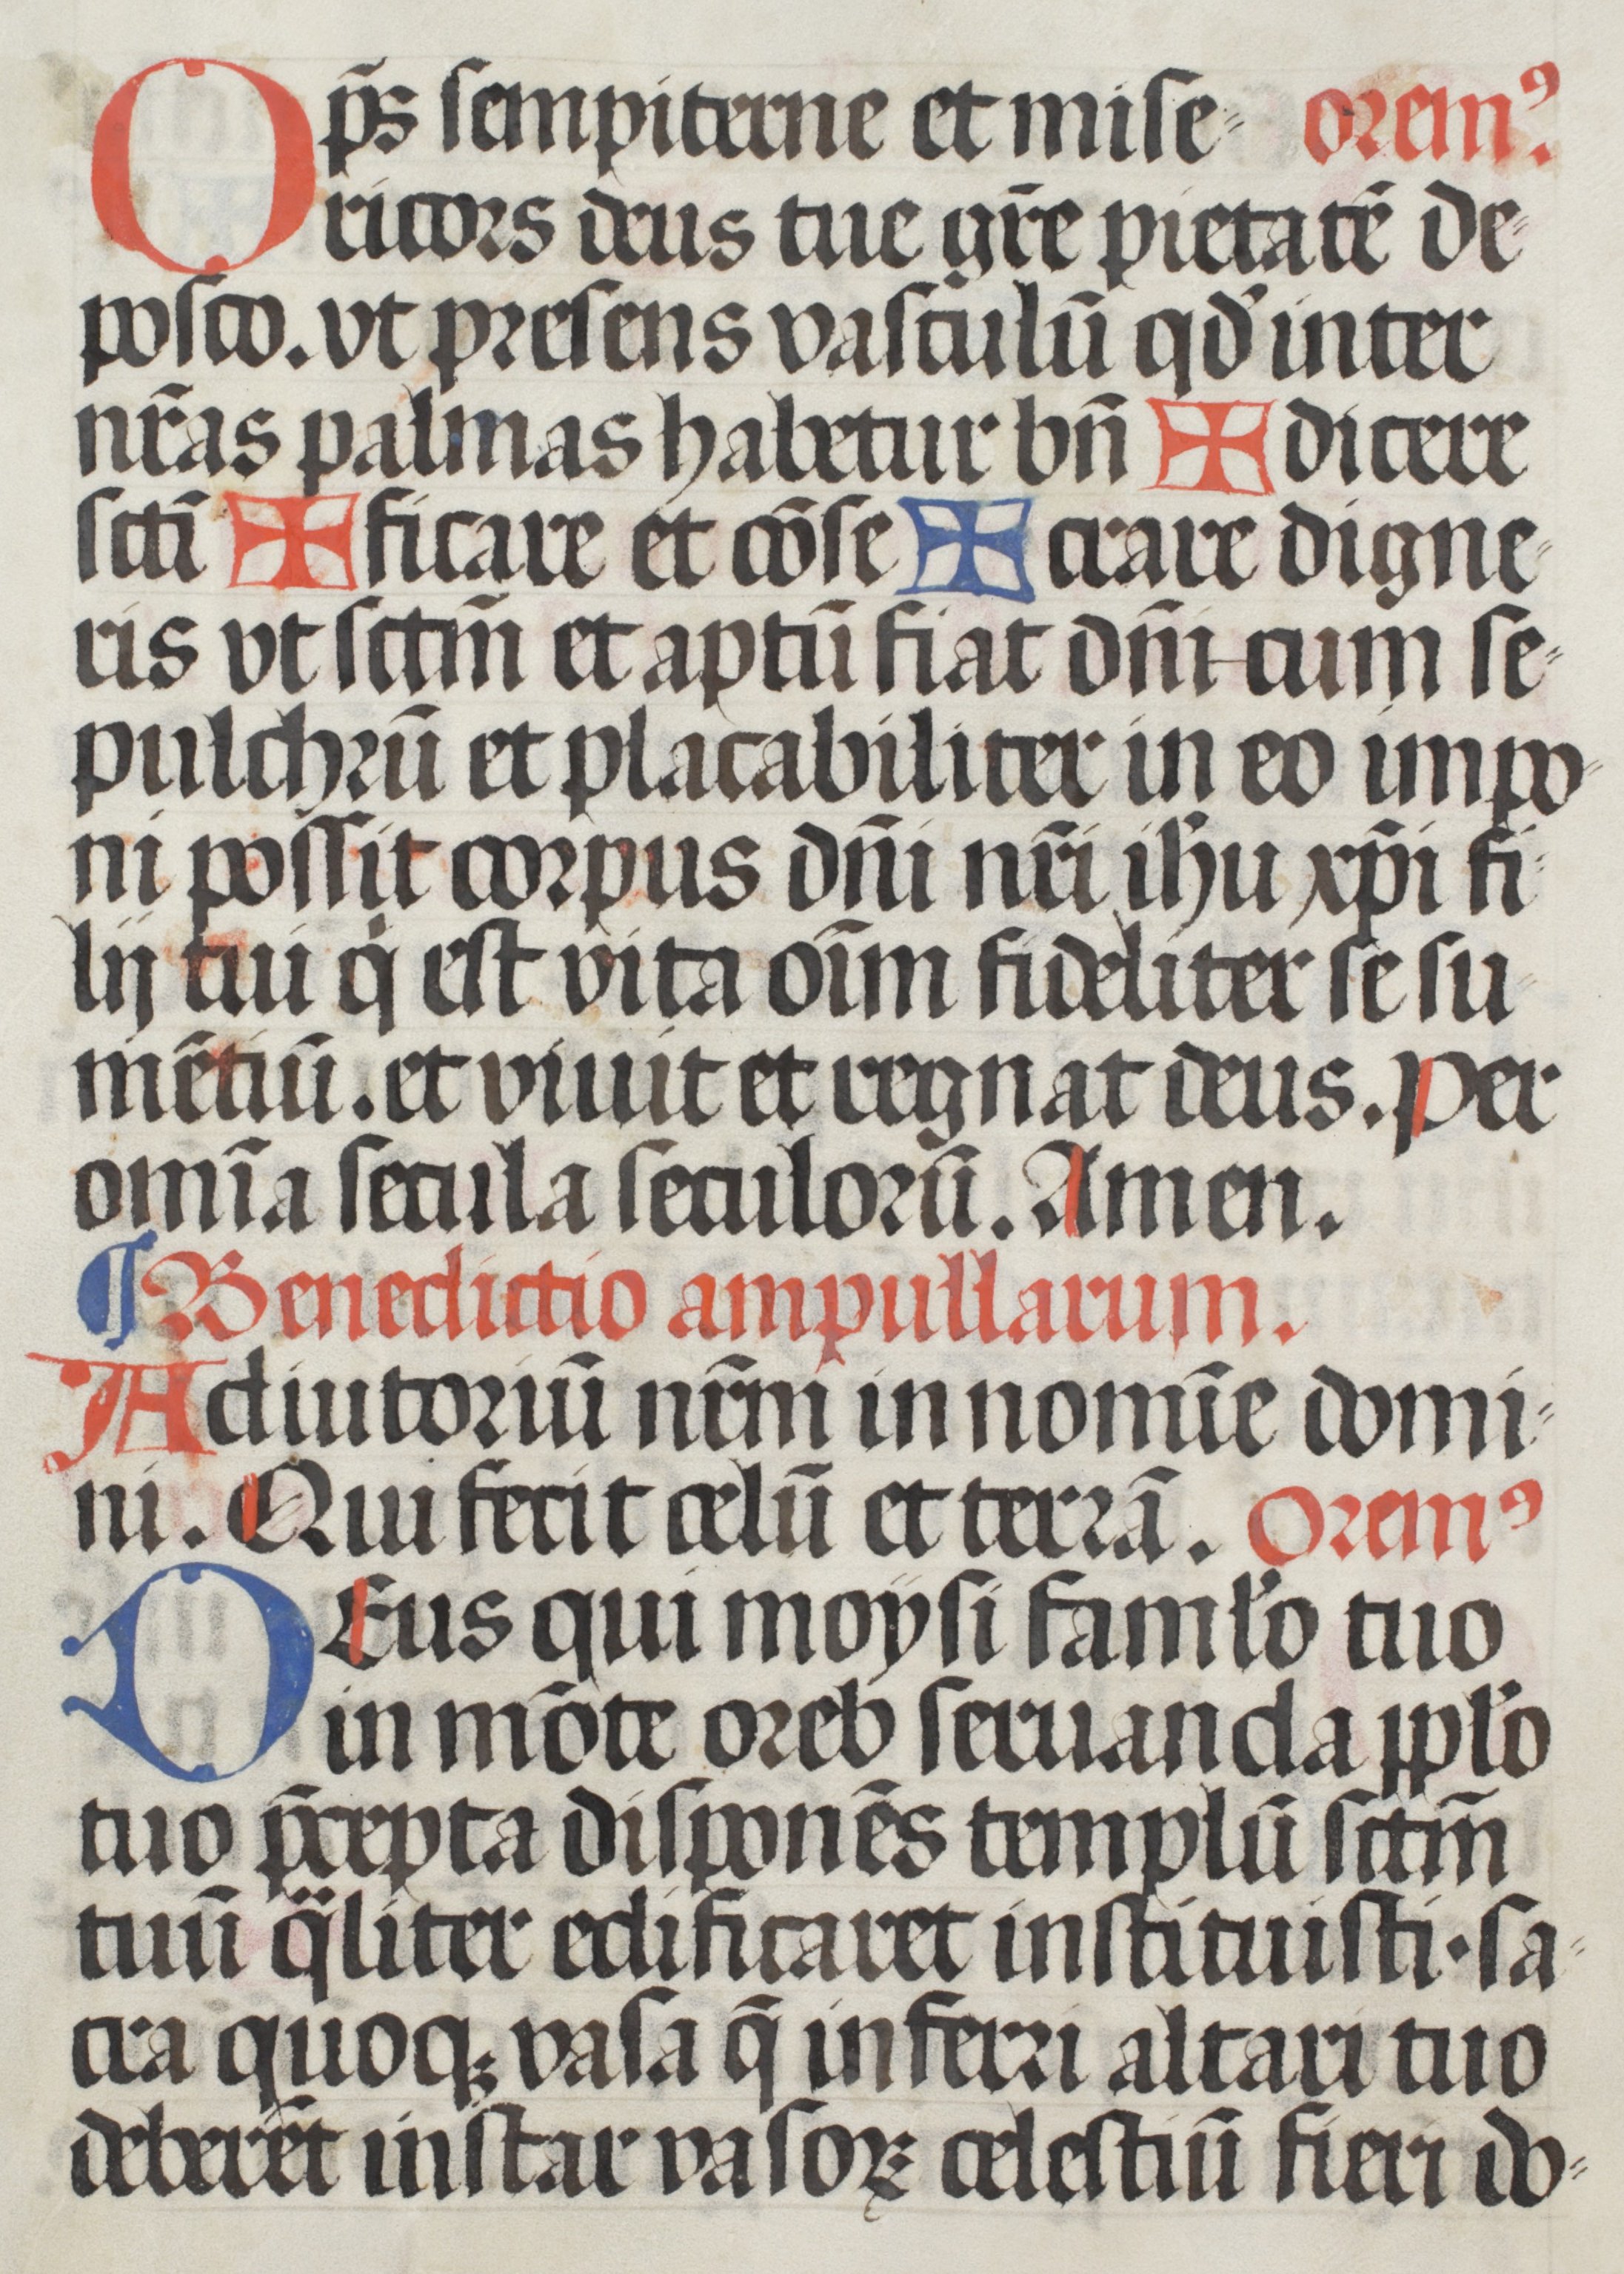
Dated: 1508–1508